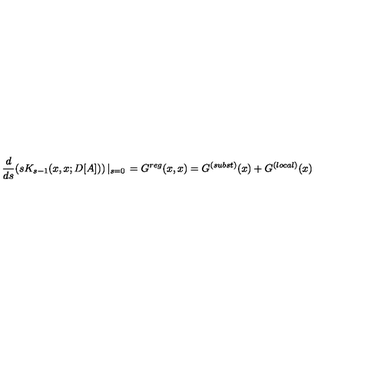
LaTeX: \frac { d } { d s } ( s K _ { s - 1 } ( x , x ; D [ A ] ) ) \left| _ { s = 0 } \right. = G ^ { r e g } ( x , x ) = G ^ { ( s u b s t ) } ( x ) + G ^ { ( l o c a l ) } ( x )